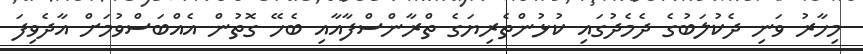
މިހާރު ވަނި ދެކުލަބުގެ ދެމެދުގައި ކުޅުންތެރިޔަގެ ތްރާންސްފާއާއި ބެހޭ ގޮތުން އެއްބަސްވުމަށް އާދެވިފަ